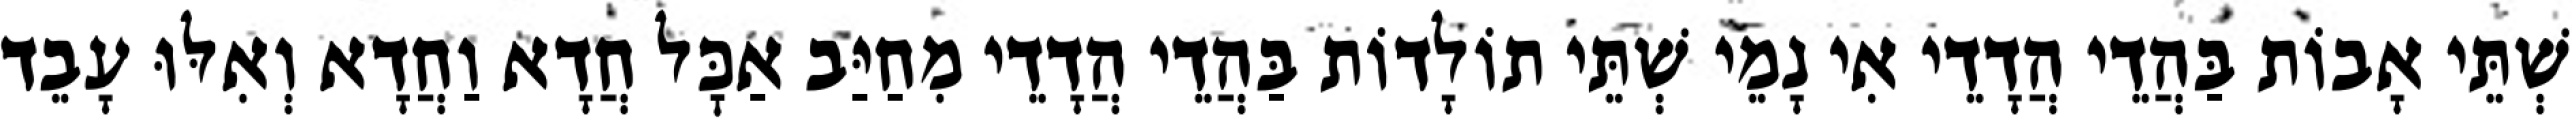
שְׁתֵּי אָבוֹת בַּהֲדֵי הֲדָדֵי אִי נָמֵי שְׁתֵּי תוֹלָדוֹת בַּהֲדֵי הֲדָדֵי מִחַיַּב אַכׇּל חֲדָא וַחֲדָא וְאִלּוּ עָבֵד